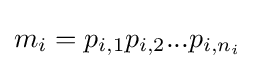
m_{i}=p_{i,1}p_{i,2}...p_{i,n_{i}}